Pusta,_Kaarel_Robert, lk 20
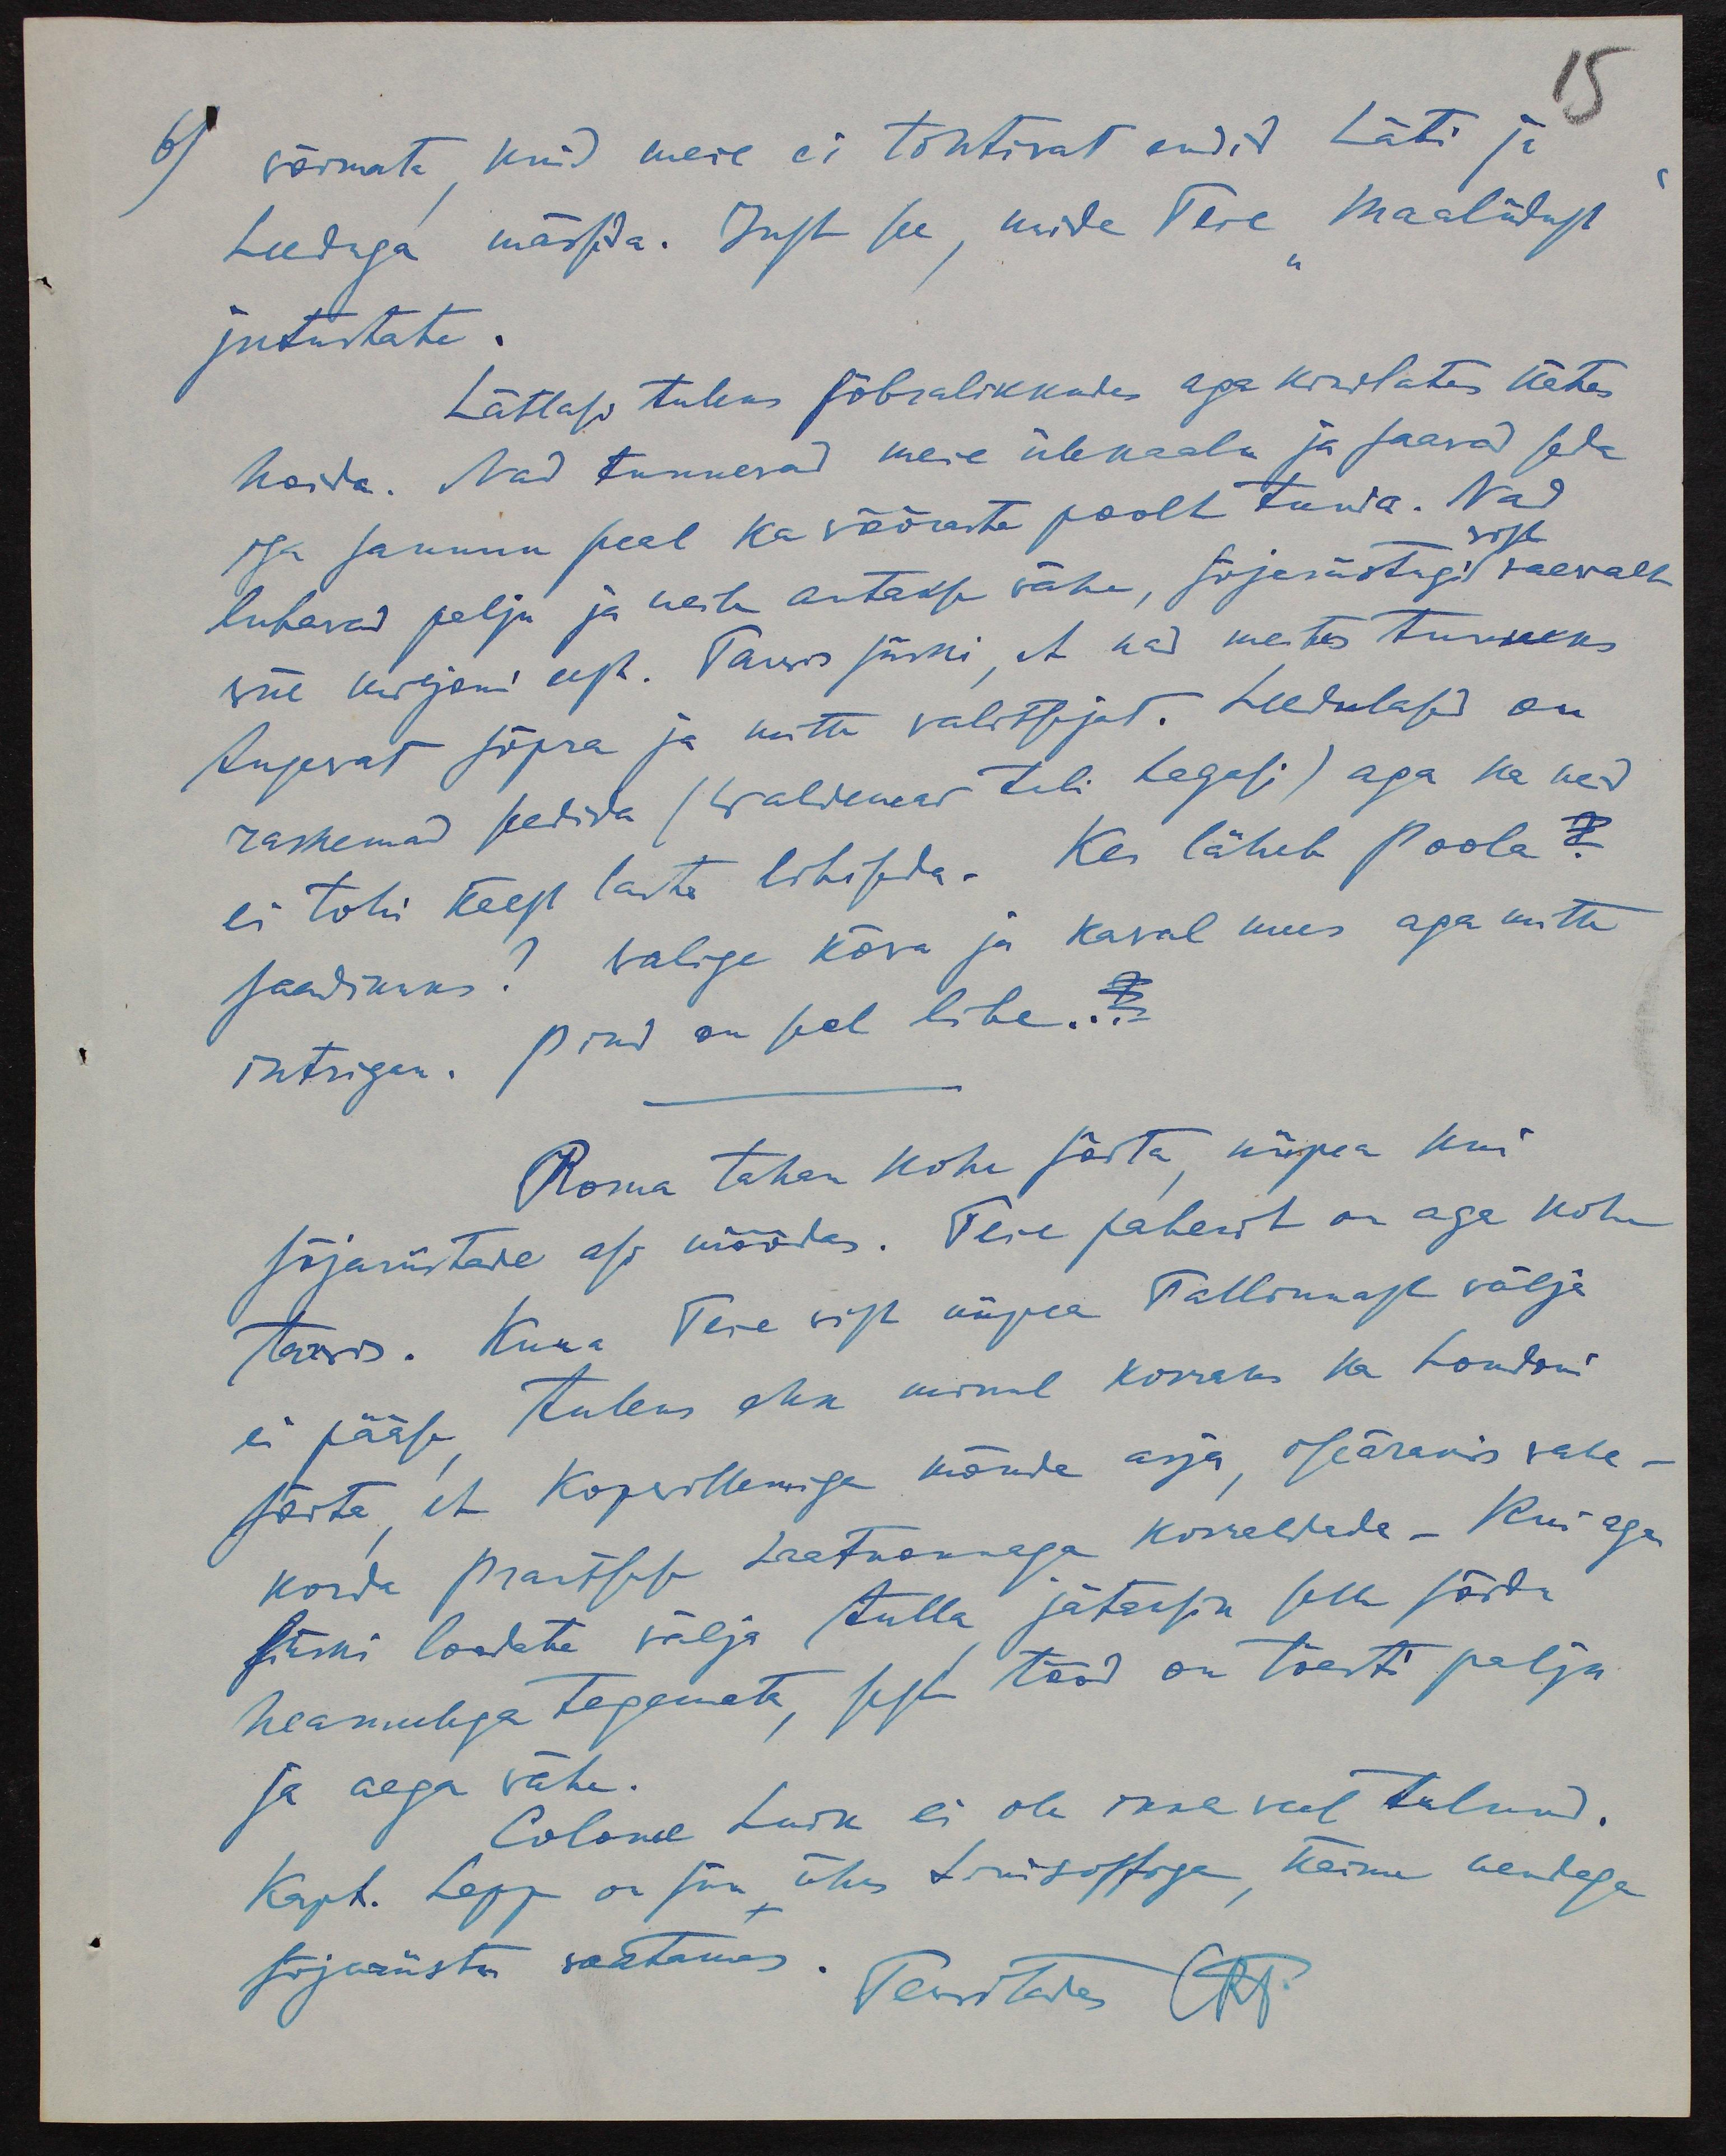
6) võimata, kuid meie ei tohtivat endid Läti ja
Leeduga mässida. Just see, mida Teie "maaliidust"
jutustate.
Lätlasi tuleks sõbralikkudes aga kindlates kätes
hoida. Nad tunnevad meie ülekaalu ja saavad seda
iga sammu peal ka võõraste poolt tunda. Nad
vist
lubavad palju ja neite antakse vähe, sõjariistugi vaewalt
viie miljoni eest. Tarvis siiski, et nad meites tunneks
tugevat sõpra ja mitte valitsejat. Leedulased on
raskemad seedida (Waldemar tuli tagasi) aga ka neid
ei tohi käest lasta libiseda. Kes läheb Poola
saadikuks? Walige kõra ja kaval mees aga mitte
intrigan. Pind on seal libe...
Roma tahan kohe sõita, niipea kui
sõjariistade asi nöödas. Teie paberit on aga kohe
tarvis. Kuna Teie vist niipea Tallinnast välja
ei pääse tuleks ehk minul korraks ka Londoni
sõita et Kopvillemiga mõnda asja, iseäranis vahe-
korda Prantsuse saatkonnaga korraldada - Kui aga
siiski loodate välja tulla jätaksin selle sõidu
heameelega tegemata, sest tööd on tõesti palju
ja aega vähe.
Colonel Luik ei ole ikka veel tulnud.
Kapt. Lepp on siin ühes Skisottiga, käime nendega
sõjariistu vaatamas.
Tervitades CRT